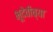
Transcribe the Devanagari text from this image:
भूदेवीच्या